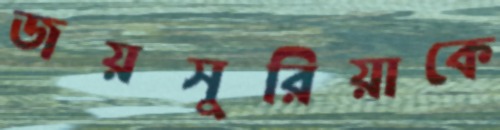
জয়সুরিয়াকে